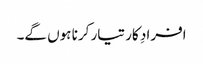
افرادِ کار تیار کرنا ہوں گے۔